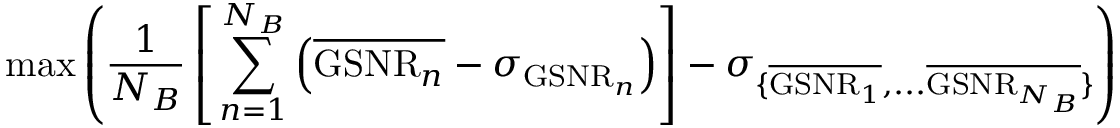
\operatorname* { m a x } \left( \frac { 1 } { N _ { B } } \left[ \, \sum _ { n = 1 } ^ { N _ { B } } \left( \overline { { \mathrm { G S N R } _ { n } } } - \sigma _ { \mathrm { G S N R } _ { n } } \right) \right] - \sigma _ { \{ \overline { { \mathrm { G S N R } _ { 1 } } } , . . . \overline { { \mathrm { G S N R } _ { N _ { B } } } } \} } \right)